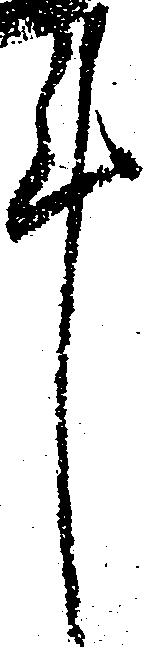
件